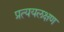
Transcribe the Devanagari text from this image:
प्रत्ययलक्षण